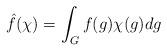
LaTeX: \begin{align*} \hat{f}(\chi) = \int_G f(g) \chi(g) dg \end{align*}